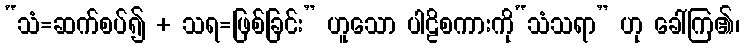
“သံ=ဆက်စပ်၍ + သရ=ဖြစ်ခြင်း” ဟူသော ပါဠိစကားကို“သံသရာ” ဟု ခေါ်ကြ၏၊